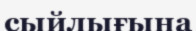
сыйлығына